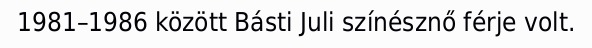
1981–1986 között Básti Juli színésznő férje volt.